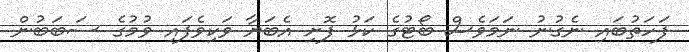
ފަހަތުބައި ނެގުނު ނަމަވެސް ބޯޓުގެ ކަޅު ފޮށި އެބަޔާ ވަކިވެފައި ވުމުގެ ސަބަބުން